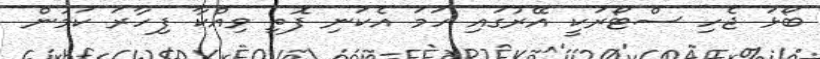
ބޯޅަ ޖެހި ސްޓޯރަކީ އޭރުގައި ހަމަ އެކަނި ފޮތި ވިއްކާ ފިހާރަ ކަމުން